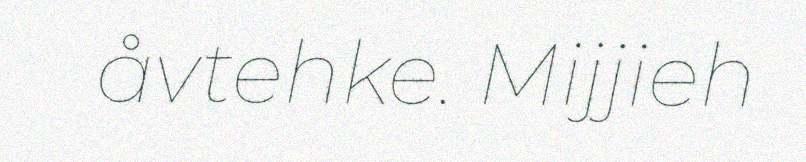
åvtehke. Mijjieh